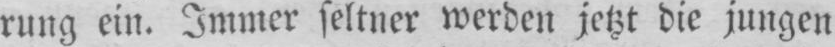
rung ein. Immer seltner werden jetzt die jungen